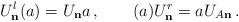
LaTeX: \begin{align*} U^{l}_{\bf n} (a) = U_{\bf n}a \, , \qquad (a)U_{\bf n}^{r} = aU_{A\bf n} \, .\end{align*}